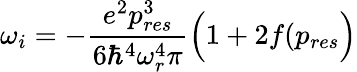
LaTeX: \omega_{i}=-\frac{e^{2}p_{res}^{3}}{6\hbar^{4}\omega_{r}^{4}\pi}\Big(1+2f(p_{res}\Big)